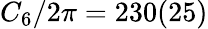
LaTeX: C_{6}/2\pi=230(25)